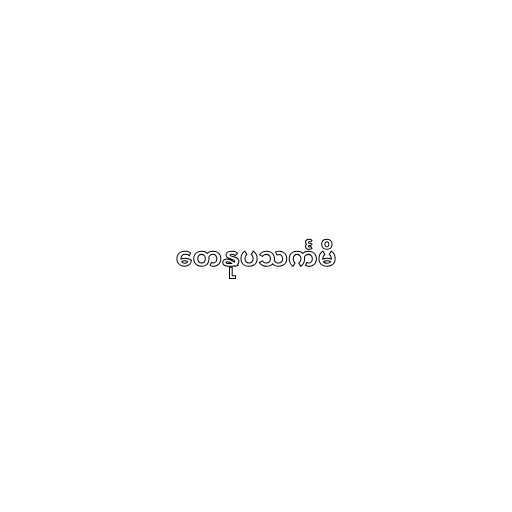
တေနုပသင်္ကမိ